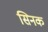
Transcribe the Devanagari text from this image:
सिनक